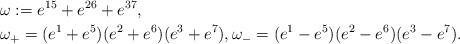
LaTeX: \begin{align*}&\omega:= e^{15}+e^{26}+e^{37}, \\ &\omega_+ = (e^1+e^5) (e^2+e^6) (e^3+e^7) , \omega_- = (e^1-e^5) (e^2-e^6) (e^3-e^7) .\end{align*}